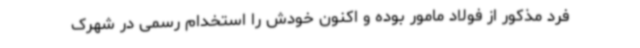
فرد مذکور از فولاد مامور بوده و اکنون خودش را استخدام رسمی در شهرک